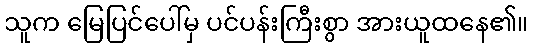
သူက မြေပြင်ပေါ်မှ ပင်ပန်းကြီးစွာ အားယူထနေ၏။